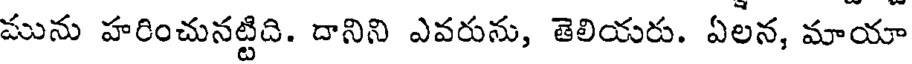
మును హరించునట్టిది. దానిని ఎవరును, తెలియరు. ఏలన, మాయా